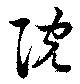
院